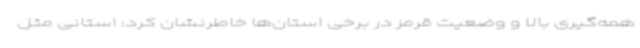
همه‌گیری بالا و وضعیت قرمز در برخی استان‌ها خاطرنشان کرد: استانی مثل